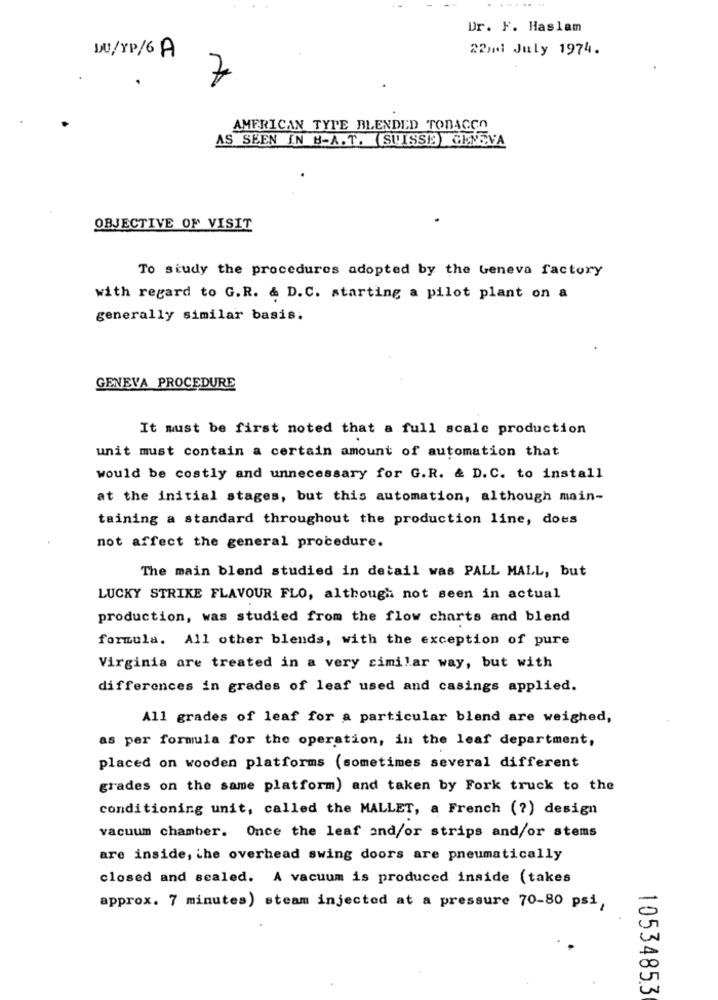
Dr. F. Haslam
22nd July 1974.
JU/XP/6 A
7
AMERICAN TYPE BLENDED TOBACCO
AS SEEN IN B-A. T. (SUISSE) GENEVA
OBJECTIVE OF VISIT
To study the procedures adopted by the Geneva factory
with regard to G.R. & D.C. starting a pilot plant on a
generally similar basis.
GENEVA PROCEDURE
It must be first noted that a full scale production
unit must contain a certain amount of automation that
would be costly and unnecessary for G.R. & D.C. to install
at the initial stages, but this automation, although main-
taining a standard throughout the production line, does
not affect the general procedure.
The main blend studied in detail was PALL MALL, but
LUCKY STRIKE FLAVOUR FLO, although not seen in actual
production, was studied from the flow charts and blend
formula. All other blends, with the exception of pure
Virginia are treated in a very similar way, but with
differences in grades of leaf used and casings applied.
All grades of leaf for a particular blend are weighed,
as per formula for the operation, in the leaf department,
placed on wooden platforms (sometimes several different
grades on the same platform) and taken by Fork truck to the
conditioning unit, called the MALLET, a French (?) design
vacuum chamber. Once the leaf and/or strips and/or stems
are inside, the overhead swing doors are pneumatically
closed and sealed. A vacuum is produced inside (takes
approx. 7 minutes) steam injected at a pressure 70-80 psi,
10534853